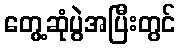
တွေ့ဆုံပွဲအပြီးတွင်